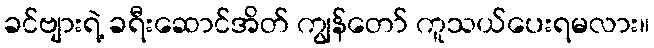
ခင်ဗျားရဲ့ ခရီးဆောင်အိတ် ကျွန်တော် ကူသယ်ပေးရမလား။